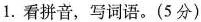
1.看拼音，写词语。(5分)